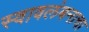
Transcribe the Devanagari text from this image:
स्वावलंबनाचा